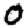
Digit: 0